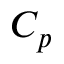
C _ { p }